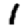
Digit: 1